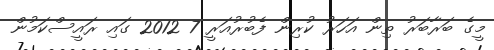
މީގެ ބަރާބަރު ތިން އަހަރު ކުރިން ފެބުރުއަރީ 7 2012 ގައި ރައީސްކަމުން